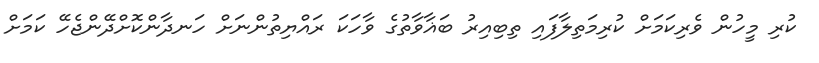
ކުރި މީހުން ވެރިކަމަށް ކުރިމަތިލާފައި ތިބިއިރު ބަޣާވާތުގެ ވާހަކަ ރައްޔިތުންނަށް ހަނދާންކޮށްދޭންޖެހޭ ކަމަށް